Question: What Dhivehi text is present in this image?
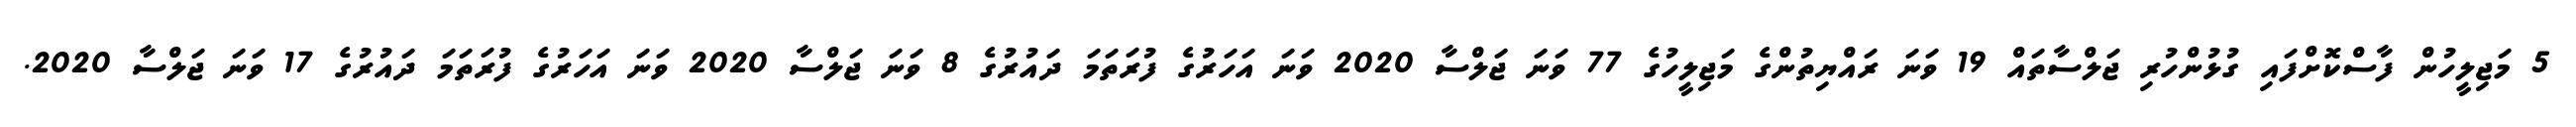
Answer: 5 މަޖިލީހުން ފާސްކޮށްފައި ގުޅުންހުރި ޖަލްސާތައް 19 ވަނަ ރައްޔިތުންގެ މަޖިލީހުގެ 77 ވަނަ ޖަލްސާ 2020 ވަނަ އަހަރުގެ ފުރަތަމަ ދައުރުގެ 8 ވަނަ ޖަލްސާ 2020 ވަނަ އަހަރުގެ ފުރަތަމަ ދައުރުގެ 17 ވަނަ ޖަލްސާ 2020.